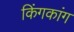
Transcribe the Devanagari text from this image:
किंगकांग